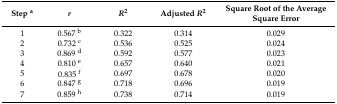
<table><thead><tr><td><b>Step <sup>a</sup></b></td><td><b><i>r</i></b></td><td><b><i>R</i><sup>2</sup></b></td><td><b>Adjusted <i>R</i><sup>2</sup></b></td><td><b>Square Root of the Average Square Error</b></td></tr></thead><tbody><tr><td>1</td><td>0.567 <sup>b</sup></td><td>0.322</td><td>0.314</td><td>0.029</td></tr><tr><td>2</td><td>0.732 <sup>c</sup></td><td>0.536</td><td>0.525</td><td>0.024</td></tr><tr><td>3</td><td>0.869 <sup>d</sup></td><td>0.592</td><td>0.577</td><td>0.023</td></tr><tr><td>4</td><td>0.810 <sup>e</sup></td><td>0.657</td><td>0.640</td><td>0.021</td></tr><tr><td>5</td><td>0.835 <sup>f</sup></td><td>0.697</td><td>0.678</td><td>0.020</td></tr><tr><td>6</td><td>0.847 <sup>g</sup></td><td>0.718</td><td>0.696</td><td>0.019</td></tr><tr><td>7</td><td>0.859 <sup>h</sup></td><td>0.738</td><td>0.714</td><td>0.019</td></tr></tbody></table>